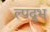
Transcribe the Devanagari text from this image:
ल्पद्रुभ